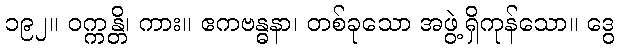
၁၉၂။ ဝက္ကန္တိ၊ ကား။ ဧကဗန္ဓနာ၊ တစ်ခုသော အဖွဲ့ရှိကုန်သော။ ဒွေ